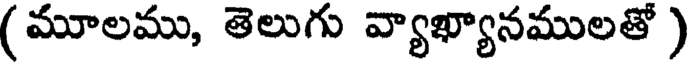
(మూలము, తెలుగు వ్యాఖ్యానములతో )